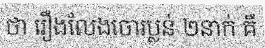
ថា រឿងលែងចោរប្លន់ ២នាក់ គឺ